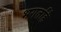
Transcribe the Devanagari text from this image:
भगतहिं